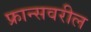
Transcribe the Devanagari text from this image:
फ्रान्सवरील